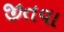
જીતવા